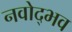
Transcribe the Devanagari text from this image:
नवोद्भव